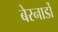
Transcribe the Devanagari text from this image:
बेरनार्डो